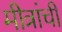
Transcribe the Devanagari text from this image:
मीत्रांची